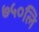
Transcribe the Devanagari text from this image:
७५०लि